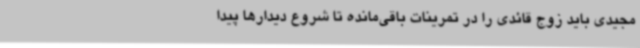
مجیدی باید زوج قائدی را در تمرینات باقی‌مانده تا شروع دیدارها پیدا